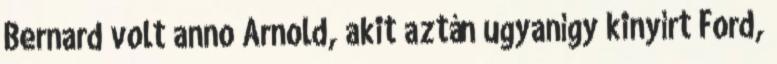
Bernard volt anno Arnold, akit aztán ugyanígy kinyírt Ford,